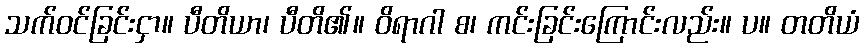
သက်ဝင်ခြင်းငှာ။ ပီတိယာ၊ ပီတိ၏။ ဝိရာဂါ စ၊ ကင်းခြင်းကြောင်းလည်း။ ပ။ တတိယံ